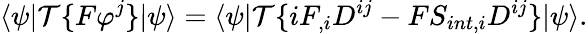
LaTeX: \langle\psi|{\mathcal{T}}\{ F\varphi^{j}\} |\psi\rangle=\langle\psi|{\mathcal{T}}\{ iF_{,i}D^{ij}-FS_{int,i}D^{ij}\} |\psi\rangle.